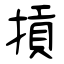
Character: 摃